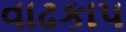
વાઢકાપ